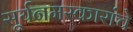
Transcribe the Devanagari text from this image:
सूर्यनमस्कारांचे